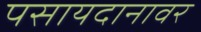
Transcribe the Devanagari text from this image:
पसायदानावर